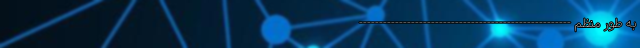
به طور منظم -----------------------------------------------------